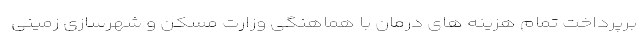
برپرداخت تمام هزینه های درمان با هماهنگی وزارت مسکن و شهرسازی زمینی